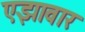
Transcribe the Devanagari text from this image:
एझावार